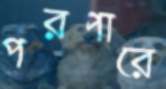
পরপারে